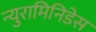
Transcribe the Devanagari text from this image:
न्युरामिनिडेस